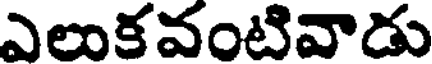
ఎలుకవంటివాడు